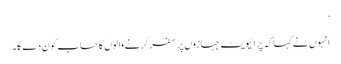
’
انہوں نے کہا کہ پرائیویٹ جہازوں پر سفر کرنے والوں کا حساب کون دے گا۔